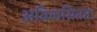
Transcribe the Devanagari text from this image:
अविकसितता